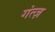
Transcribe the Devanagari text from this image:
गंत्ज़